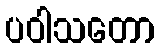
ပဝါသတော